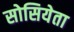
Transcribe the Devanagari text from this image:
सोसियेता